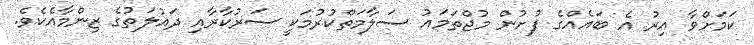
ކަމަށްވާ އިރު އެ ބައެއްގެ ފުށުން މުޖްތަމައު ސަލާމަތްކުރުމަކީ ސަރުކާރާއި ދައުލަތުގެ ޒިންމާއެކެވެ.